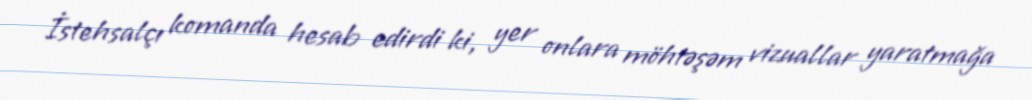
İstehsalçı komanda hesab edirdi ki, yer onlara möhtəşəm vizuallar yaratmağa